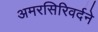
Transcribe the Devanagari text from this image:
अमरसिरिवर्दने